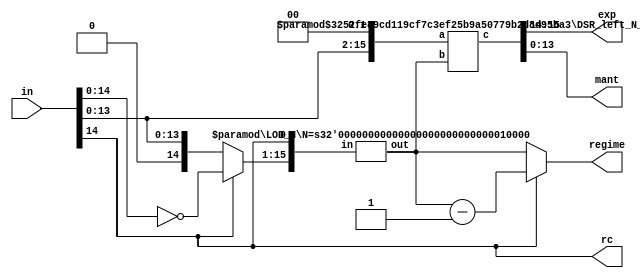
module data_extract_v1(in, rc, regime, exp, mant);
function [31:0] log2;
input reg [31:0] value;
	begin
	value = value-1;
	for (log2=0; value>0; log2=log2+1)
        	value = value>>1;
      	end
endfunction

parameter N=16;
parameter Bs=log2(N);
parameter es = 2;

input [N-1:0] in;
output rc;
output [Bs-1:0] regime;
output [es-1:0] exp;
output [N-es-1:0] mant;

wire [N-1:0] xin = in;
assign rc = xin[N-2];

wire [N-1:0] xin_r = rc ? ~xin : xin;

wire [Bs-1:0] lod;
LOD_N #(.N(N)) xinst_k(.in({xin_r[N-2:0],rc^1'b0}), .out(lod));

assign regime = rc ? lod-1 : lod;

wire [N-1:0] xin_shifted_res;
wire [N-1:0] xin_shifted_input;
assign xin_shifted_input = {xin[N-3:0],2'b0};
DSR_left_N_S #(.N(N), .S(Bs)) ls (.a(xin_shifted_input),.b(lod),.c(xin_shifted_res));

assign exp= xin_shifted_res[N-1:N-es];
assign mant= xin_shifted_res[N-es-1:0];

endmodule

module sub_N (a,b,c);
parameter N=10;
input [N-1:0] a,b;
output [N:0] c;
wire [N:0] ain = {1'b0,a};
wire [N:0] bin = {1'b0,b};
sub_N_in #(.N(N)) s1 (ain,bin,c);
endmodule
module add_N (a,b,c);
parameter N=10;
input [N-1:0] a,b;
output [N:0] c;
wire [N:0] ain = {1'b0,a};
wire [N:0] bin = {1'b0,b};
add_N_in #(.N(N)) a1 (ain,bin,c);
endmodule
module add_N_with_Sign (a,b,c,sub);
parameter N=10;
input [N-1:0] a,b;
input sub;
output [N:0] c;
wire [N:0] ain = {1'b0,a};
wire [N:0] bin = {1'b0,b};
assign c= sub ? ain-bin : ain+bin;
endmodule
module sub_N_in (a,b,c);
parameter N=10;
input [N:0] a,b;
output [N:0] c;
assign c = a - b;
endmodule
module add_N_in (a,b,c);
parameter N=10;
input [N:0] a,b;
output [N:0] c;
assign c = a + b;
endmodule
module add_sub_N (op,a,b,c);
parameter N=10;
input op;
input [N-1:0] a,b;
output [N:0] c;
wire [N:0] c_add, c_sub;
add_N #(.N(N)) a11 (a,b,c_add);
sub_N #(.N(N)) s11 (a,b,c_sub);
assign c = op ? c_add : c_sub;
endmodule
module add_1 (a,mant_ovf,c);
parameter N=10;
input [N:0] a;
input mant_ovf;
output [N:0] c;
assign c = a + mant_ovf;
endmodule
module abs_regime (rc, regime, regime_N);
parameter N = 10;
input rc;
input [N-1:0] regime;
output [N:0] regime_N;
assign regime_N = rc ? {1'b0,regime} : -{1'b0,regime};
endmodule
module conv_2c (a,c);
parameter N=10;
input [N:0] a;
output [N:0] c;
assign c = a + 1'b1;
endmodule
module reg_exp_op (exp_o, e_o, r_o);
parameter es=3;
parameter Bs=5;
input [es+Bs:0] exp_o;
output [es-1:0] e_o;
output [Bs-1:0] r_o;
assign e_o = exp_o[es-1:0];
wire [es+Bs:0] exp_oN_tmp;
conv_2c #(.N(es+Bs)) uut_conv_2c1 (~exp_o[es+Bs:0],exp_oN_tmp);
wire [es+Bs:0] exp_oN = exp_o[es+Bs] ? exp_oN_tmp[es+Bs:0] : exp_o[es+Bs:0];
assign r_o = (~exp_o[es+Bs] || |(exp_oN[es-1:0])) ? exp_oN[es+Bs-1:es] + 1 : exp_oN[es+Bs-1:es];
endmodule
module DSR_left_N_S(a,b,c);
        parameter N=16;
        parameter S=4;
        input [N-1:0] a;
        input [S-1:0] b;
        output [N-1:0] c;

wire [N-1:0] tmp [S-1:0];
assign tmp[0]  = b[0] ? a << 7'd1  : a; 
genvar i;
generate
	for (i=1; i<S; i=i+1)begin:loop_blk
		assign tmp[i] = b[i] ? tmp[i-1] << 2**i : tmp[i-1];
	end
endgenerate
assign c = tmp[S-1];
endmodule
module DSR_right_N_S(a,b,c);
        parameter N=16;
        parameter S=4;
        input [N-1:0] a;
        input [S-1:0] b;
        output [N-1:0] c;

wire [N-1:0] tmp [S-1:0];
assign tmp[0]  = b[0] ? a >> 7'd1  : a; 
genvar i;
generate
	for (i=1; i<S; i=i+1)begin:loop_blk
		assign tmp[i] = b[i] ? tmp[i-1] >> 2**i : tmp[i-1];
	end
endgenerate
assign c = tmp[S-1];
endmodule
module LOD_N (in, out);

  function [31:0] log2;
    input reg [31:0] value;
    begin
      value = value-1;
      for (log2=0; value>0; log2=log2+1)
	value = value>>1;
    end
  endfunction
parameter N = 64;
parameter S = log2(N); 
input [N-1:0] in;
output [S-1:0] out;
wire vld;
LOD #(.N(N)) l1 (in, out, vld);
endmodule
module LOD (in, out, vld);
  function [31:0] log2;
    input reg [31:0] value;
    begin
      value = value-1;
      for (log2=0; value>0; log2=log2+1)
	value = value>>1;
    end
  endfunction
parameter N = 64;
parameter S = log2(N);
   input [N-1:0] in;
   output [S-1:0] out;
   output vld;

  generate
    if (N == 2)
      begin
	assign vld = |in;
	assign out = ~in[1] & in[0];
      end
    else if (N & (N-1))
      //LOD #(1<<S) LOD ({1<<S {1'b0}} | in,out,vld);
      LOD #(1<<S) LOD ({in,{((1<<S) - N) {1'b0}}},out,vld);
    else
      begin
	wire [S-2:0] out_l, out_h;
	wire out_vl, out_vh;
	LOD #(N>>1) l(in[(N>>1)-1:0],out_l,out_vl);
	LOD #(N>>1) h(in[N-1:N>>1],out_h,out_vh);
	assign vld = out_vl | out_vh;
	assign out = out_vh ? {1'b0,out_h} : {out_vl,out_l};
      end
  endgenerate
endmodule
module sub_N_Bin (a,b,bin,c);
parameter N=10;
input [N:0] a,b;
input bin;
output [N:0] c;
assign c = a - b - bin;
endmodule
module add_N_Cin (a,b,cin,c);
parameter N=10;
input [N:0] a,b;
input cin;
output [N:0] c;
assign c = a + b + cin;
endmodule
module data_extract(in, rc, regime, exp, mant, Lshift);
function [31:0] log2;
input reg [31:0] value;
	begin
	value = value-1;
	for (log2=0; value>0; log2=log2+1)
        	value = value>>1;
      	end
endfunction
parameter N=16;
parameter Bs=log2(N);
parameter es = 2;
input [N-1:0] in;
output rc;
output [Bs-1:0] regime, Lshift;
output [es-1:0] exp;
output [N-es-1:0] mant;
wire [N-1:0] xin = in;
assign rc = xin[N-2];
wire [Bs-1:0] k0, k1;
LOD_N #(.N(N)) xinst_k0(.in({xin[N-2:0],1'b0}), .out(k0));
LZD_N #(.N(N)) xinst_k1(.in({xin[N-3:0],2'b0}), .out(k1));
assign regime = xin[N-2] ? k1 : k0;
assign Lshift = xin[N-2] ? k1+1 : k0;
wire [N-1:0] xin_tmp;
DSR_left_N_S #(.N(N), .S(Bs)) ls (.a({xin[N-3:0],2'b0}),.b(Lshift),.c(xin_tmp));
assign exp= xin_tmp[N-1:N-es];
assign mant= xin_tmp[N-es-1:0];
endmodule
module LZD_N (in, out);
  function [31:0] log2;
    input reg [31:0] value;
    begin
      value = value-1;
      for (log2=0; value>0; log2=log2+1)
	value = value>>1;
    end
  endfunction
parameter N = 64;
parameter S = log2(N); 
input [N-1:0] in;
output [S-1:0] out;
wire vld;
LZD #(.N(N)) l1 (in, out, vld);
endmodule
module LZD (in, out, vld);

  function [31:0] log2;
    input reg [31:0] value;
    begin
      value = value-1;
      for (log2=0; value>0; log2=log2+1)
	value = value>>1;
    end
  endfunction
parameter N = 64;
parameter S = log2(N);
   input [N-1:0] in;
   output [S-1:0] out;
   output vld;
  generate
    if (N == 2)
      begin
	assign vld = ~&in;
	assign out = in[1] & ~in[0];
      end
    else if (N & (N-1))
      LZD #(1<<S) LZD ({1<<S {1'b0}} | in,out,vld);
    else
      begin
	wire [S-2:0] out_l;
	wire [S-2:0] out_h;
	wire out_vl, out_vh;
	LZD #(N>>1) l(in[(N>>1)-1:0],out_l,out_vl);
	LZD #(N>>1) h(in[N-1:N>>1],out_h,out_vh);
	assign vld = out_vl | out_vh;
	assign out = out_vh ? {1'b0,out_h} : {out_vl,out_l};
      end
  endgenerate
endmodule
module sub_part_generate(in,rc,regime,exp,mant);
function [31:0] log2;
input reg [31:0] value;
	begin
	value = value-1;
	for (log2=0; value>0; log2=log2+1)
        	value = value>>1;
      	end
endfunction
parameter N=32;
parameter Bs=log2(N);
parameter es = 2;
input [N-1:0] in;
output rc;
output [Bs-1:0] regime;
output [es-1:0] exp;
output [N-es-1:0] mant;
wire sign_bit= in[N-1];
wire [N-1:0] twos_comp_in= sign_bit ? -in : in;
wire regime_bit_val= twos_comp_in[N-2];
wire [N-2:0] prio_in = regime_bit_val ? ~twos_comp_in[N-2:0] : twos_comp_in[N-2:0];
wire [Bs-1:0] prio_out;
wire not_all_zero_one;
wire [N-1:0] shifted_twos_comp_in;
wire found;
assign regime = regime_bit_val ? (N-3-prio_out) : (N-2-prio_out);
assign rc=regime_bit_val;
assign shifted_twos_comp_in=twos_comp_in<<(N-prio_out);
prio_encoder #(.LINES(N-1)) pe0(.in(prio_in), .out(prio_out),.found(found));
assign exp=shifted_twos_comp_in[N-1:N-es];
assign mant=shifted_twos_comp_in[N-es-1:0];
endmodule
module prio_encoder(in, out,found);
parameter LINES=128;
parameter WIDTH=$clog2(LINES);
input wire [(LINES-1):0] in;
output reg [(WIDTH-1):0] out;
output reg found;
integer I;
always @(in)
begin
    out=0;
    found=0;
    for(I=0;I<LINES;I=I+1) begin
        if(in[I]) begin
            out=I;
            found=1;
        end
    end
end
endmodule